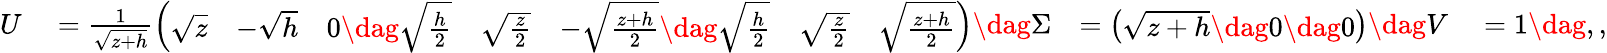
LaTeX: \begin{array}{rlrl}{U}&{{}=\frac{1}{\sqrt{z+h}}\left(\begin{array}{lllllll}{\sqrt{z}}&{-\sqrt{h}}&{0\dag\sqrt{\frac{h}{2}}}&{\sqrt{\frac{z}{2}}}&{-\sqrt{\frac{z+h}{2}}\dag\sqrt{\frac{h}{2}}}&{\sqrt{\frac{z}{2}}}&{\sqrt{\frac{z+h}{2}}}\end{array}\right)\dag\Sigma}&{=\left(\begin{array}{l}{\sqrt{z+h}\dag 0\dag 0}\end{array}\right)\dag V}&{{}=1\dag,,}\end{array}